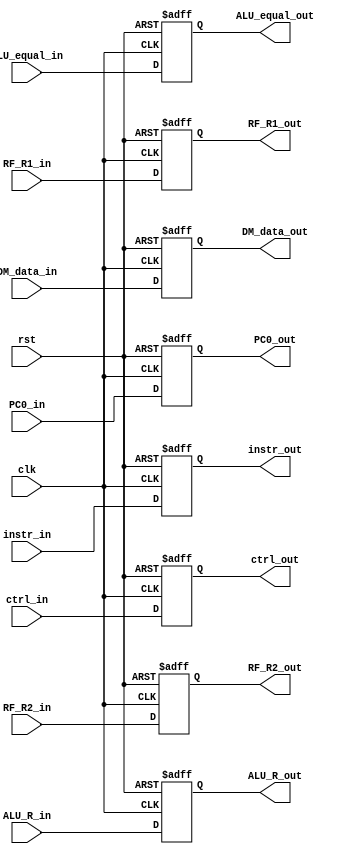
`timescale 1ns / 1ps
//////////////////////////////////////////////////////////////////////////////////
// Company: 
// Engineer: 
// 
// Design Name: 
// Module Name: MEM_WB
// Project Name: 
// Target Devices: 
// Tool Versions: 
// Description: 
// 
// Dependencies: 
// 
// Revision:
// Revision 0.01 - File Created
// Additional Comments:
// 
//////////////////////////////////////////////////////////////////////////////////


module MEM_WB(
        input [31:0] ALU_R_in,
        input ALU_equal_in,
        input [31:0] DM_data_in,
        input [31:0] instr_in,
        input [31:0] ctrl_in,
        input [15:0] PC0_in,
        input [31:0] RF_R1_in,
        input [31:0] RF_R2_in,
        input clk,
        input rst,
        output reg [31:0] ALU_R_out,
        output reg  ALU_equal_out,
        output reg [31:0] DM_data_out,
        output reg [31:0] instr_out,
        output reg [31:0] ctrl_out,
        output reg [15:0] PC0_out,
        output reg [31:0] RF_R1_out,
        output reg [31:0] RF_R2_out
    );
    always@(posedge clk or negedge rst)
    begin
        if(~rst)
        begin
            ALU_R_out <= 0;
            ALU_equal_out <= 0;
            DM_data_out <= 0;
            instr_out <= 0;
            ctrl_out <= 0;
            PC0_out <= 0;
            RF_R1_out <= 0;
            RF_R2_out <= 0;
        end
        else
        begin
            ALU_R_out <= ALU_R_in;
            ALU_equal_out <= ALU_equal_in;
            DM_data_out <= DM_data_in;
            instr_out <= instr_in;
            ctrl_out <= ctrl_in;
            PC0_out <= PC0_in;  
            RF_R1_out <= RF_R1_in;  
            RF_R2_out <= RF_R2_in;  
        end
    end
endmodule